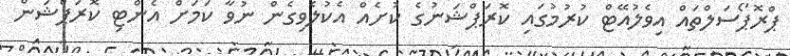
ޕްރޮޕޯސަލްތައް އިވެލުއޭޓް ކުރުމުގައި ކޮރަޕްޝަަނުގެ ކުށެއް އެކުލެވިގެން ނުވާ ކަމަށް އެންޓި ކޮރަޕްޝަން